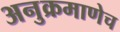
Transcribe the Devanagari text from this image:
अनुक्रमाणेच